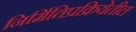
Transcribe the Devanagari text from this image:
निर्मितिप्रक्रियेतील